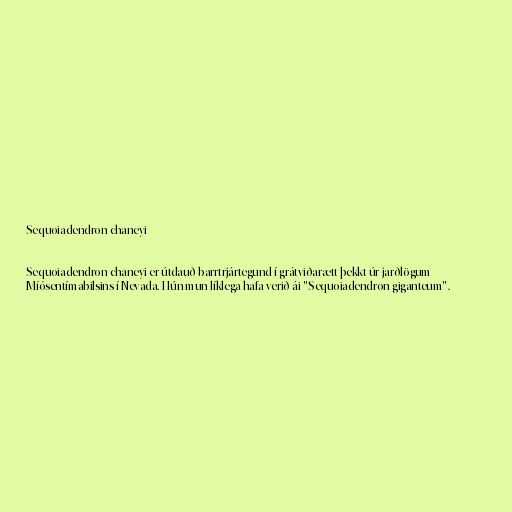
Sequoiadendron chaneyi

Sequoiadendron chaneyi er útdauð barrtrjártegund í grátviðarætt þekkt úr jarðlögum
Míósentímabilsins í Nevada. Hún mun líklega hafa verið ái "Sequoiadendron giganteum".